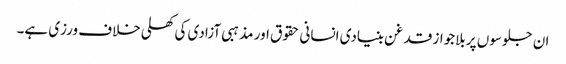
ان جلوسوں پر بلاجواز قدغن بنیادی انسانی حقوق اور مذہبی آزادی کی کھلی خلاف ورزی ہے۔